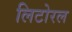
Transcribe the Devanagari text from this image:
लिटोरल